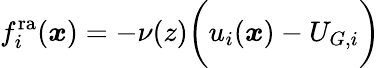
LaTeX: f_{i}^{\mathrm{ra}}(\boldsymbol{x})=-\nu(z)\biggl(u_{i}(\boldsymbol{x})-U_{G,i}\biggl)